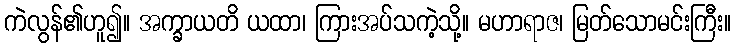
ကဲလွန်၏ဟူ၍။ အက္ခာယတိ ယထာ၊ ကြားအပ်သကဲ့သို့။ မဟာရာဇ၊ မြတ်သောမင်းကြီး။